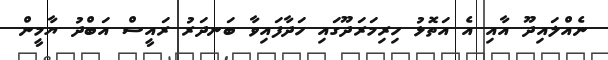
ނެއްލައިދޫ އާއި އެ އަތޮޅު ހިރިމަރަދޫގައި ހަދާފައިވާ ބަނދަރު ރައީސް އަބްދު ޔާމީން